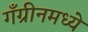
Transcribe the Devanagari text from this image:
गँग्रीनमध्ये